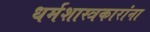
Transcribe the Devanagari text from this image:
धर्मशास्त्रकारांना